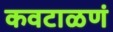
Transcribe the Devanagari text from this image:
कवटाळणं